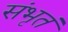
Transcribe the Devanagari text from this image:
संभृतं